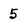
Character: 5